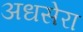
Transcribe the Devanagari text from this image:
अधसेरा